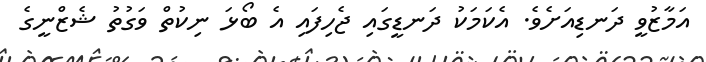
އަމާޒުވީ ދަނޑިއަށެވެ. އެކަމަކު ދަނޑީގައި ޖެހިފައި އެ ބޯޅަ ނިކުތް ވަގުތު ޝެޒްނީގެ